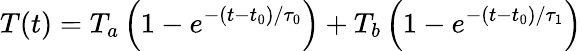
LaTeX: T(t)=T_{a}\left(1-e^{-(t-t_{0})/\tau_{0}}\right)+T_{b}\left(1-e^{-(t-t_{0})/\tau_{1}}\right)